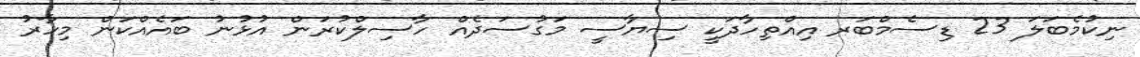
ނިކުމެބަލަ 23 ޑިސެމްބަރ އިއްތިހާދަކީ ސިޔާސީ މަގުސަދެއް ހާސިލްކުރަން އުޅުނު ބައެއްކަން މިހާރު